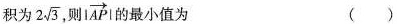
积为 2 \sqrt{3}，则 \left | \overrightarrow{AP} \right | 的最小值为 ()